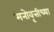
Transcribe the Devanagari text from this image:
मनोवृत्तीच्या